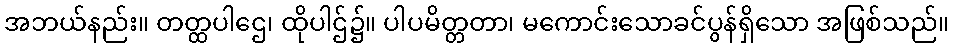
အဘယ်နည်း။ တတ္ထပါဌေ၊ ထိုပါဌ်၌။ ပါပမိတ္တတာ၊ မကောင်းသောခင်ပွန်ရှိသော အဖြစ်သည်။